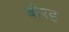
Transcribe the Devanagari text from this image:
बोरह